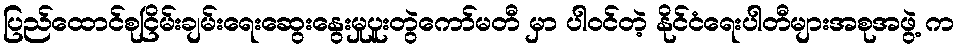
ပြည်ထောင်စုငြိမ်းချမ်းရေးဆွေးနွေးမှုပူးတွဲကော်မတီ မှာ ပါဝင်တဲ့ နိုင်ငံရေးပါတီများအစုအဖွဲ့ က